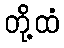
တို့ထံ